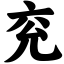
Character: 兖